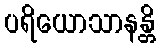
ပရိယောသာနန္တိ